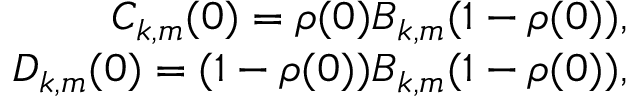
\begin{array} { r } { C _ { k , m } ( 0 ) = \rho ( 0 ) B _ { k , m } ( 1 - \rho ( 0 ) ) , } \\ { D _ { k , m } ( 0 ) = ( 1 - \rho ( 0 ) ) B _ { k , m } ( 1 - \rho ( 0 ) ) , } \end{array}